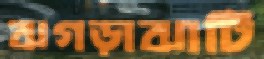
ঝগড়াঝাটি